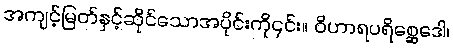
အကျင့်မြတ်နှင့်ဆိုင်သောအပိုင်းကို၎င်း။ ဝိဟာရပရိစ္ဆေဒေါ၊